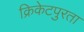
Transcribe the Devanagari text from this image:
क्रिकेटपुरता